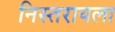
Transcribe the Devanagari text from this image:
निस्तरायला